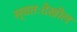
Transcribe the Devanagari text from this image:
स्वतःदेखील